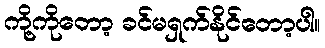
ကို့ကိုတော့ ခင်မရှက်နိုင်တော့ပါ။